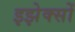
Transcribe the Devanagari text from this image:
इझेक्सों